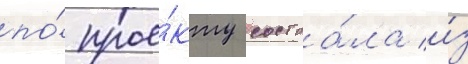
по́ прое́кту состоа́ла и́з